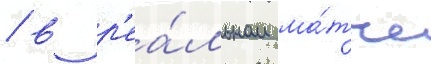
/ в р'еа́льном ма́тче